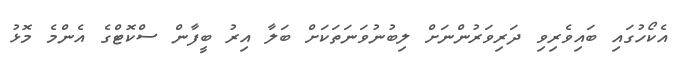
އެކޯހުގައި ބައިވެރިވި ދަރިވަރުންނަށް ލިބުނުވަނަތަކަށް ބަލާ އިރު ބީފާން ސްކޮޓްގެ އެންމެ މޮޅު